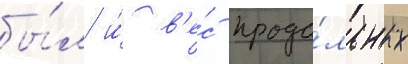
бы́л и́ в'е́с продо́льных